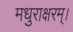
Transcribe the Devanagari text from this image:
मधुराक्षरम्‌।